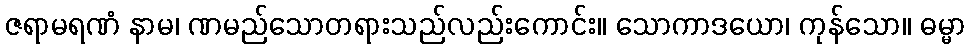
ဇရာမရဏံ နာမ၊ ဏမည်သောတရားသည်လည်းကောင်း။ သောကာဒယော၊ ကုန်သော။ ဓမ္မာ